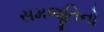
સમજૂતિનો